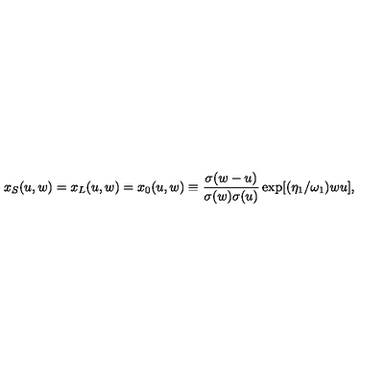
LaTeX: x _ { S } ( u , w ) = x _ { L } ( u , w ) = x _ { 0 } ( u , w ) \equiv { \frac { \sigma ( w - u ) } { \sigma ( w ) \sigma ( u ) } } \exp [ ( \eta _ { 1 } / \omega _ { 1 } ) w u ] ,